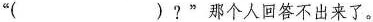
”( )?”那个人回答不出来了。